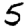
Digit: 5